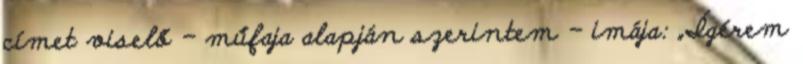
címet viselő - műfaja alapján szerintem - imája: „Ígérem